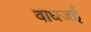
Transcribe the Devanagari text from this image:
वाघजई